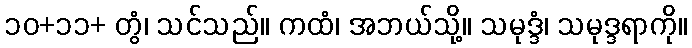
၁၀+၁၁+ တွံ၊ သင်သည်။ ကထံ၊ အဘယ်သို့။ သမုဒ္ဒံ၊ သမုဒ္ဒရာကို။